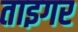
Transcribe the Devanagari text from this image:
ताइगर